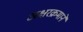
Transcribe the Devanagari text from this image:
अक्षरक्रमाने